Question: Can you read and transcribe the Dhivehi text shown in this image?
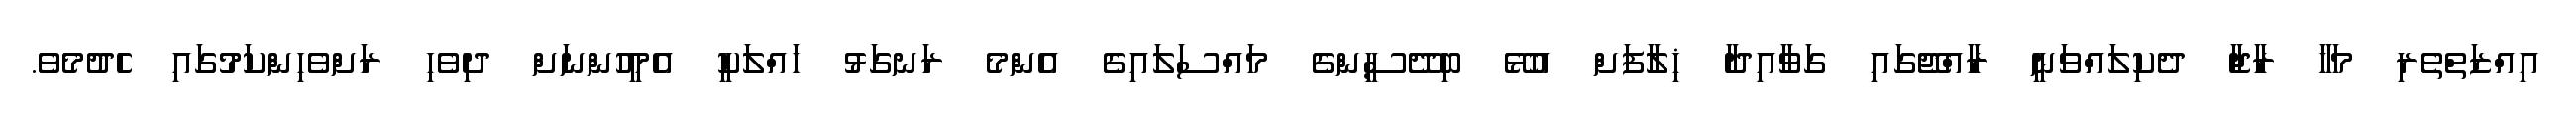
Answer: އިއްޒަތްތެރި މަހާ ރާޖާ ދެކިލައްވަނީ ރާއްޖޭގައި ގަވާއިދާ ޚިލާފަށް އުޅޭ ބިދޭސީންގެ މައްސަލައިގެ އެންމެ ރަނގަޅު ހައްލަކީ އެމީހުންނަށް ދިވެހި ރަށްވެހިންކަމުގައި ހެދުމެވެ.